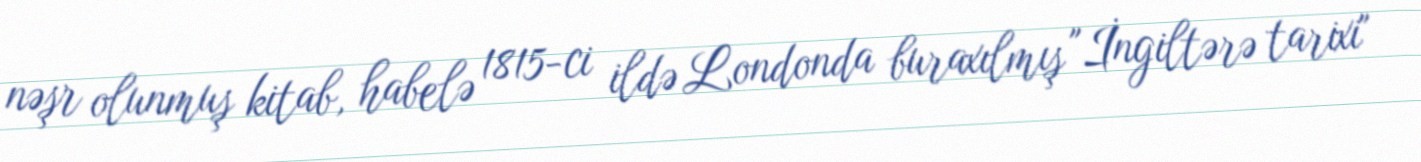
nəşr olunmuş kitab, habelə 1815-ci ildə Londonda buraxılmış "İngiltərə tarixi"